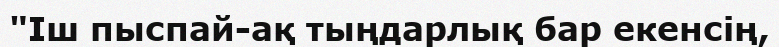
"Іш пыспай-ақ тыңдарлық бар екенсің,